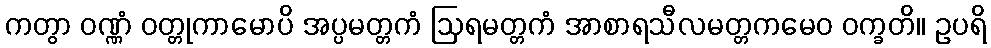
ကတွာ ဝဏ္ဏံ ဝတ္တုကာမောပိ အပ္ပမတ္တကံ ဩရမတ္တကံ အာစာရသီလမတ္တကမေဝ ဝက္ခတိ။ ဥပရိ